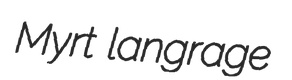
Myrt langrage